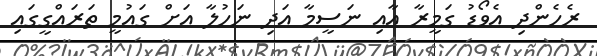
ރެހެންދި އެވޯޑު ގަމީރާ އާއި ނަސީމާ އަދި ނަހުލާ އަށް ގައުމީ ތަރައްގީގައި